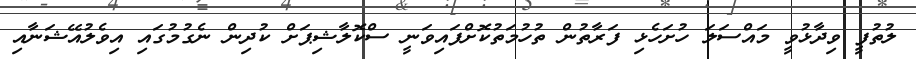
ލުތުފީ ވިދާޅުވީ މައްސަލަ ހުށަހެޅި ފަރާތުން ތުހުމަތުކޮށްފައިވަނީ ސްކޮލާޝިޕަށް ކުދިން ނެގުމުގައި އިވެލުއޭޝަނާއި